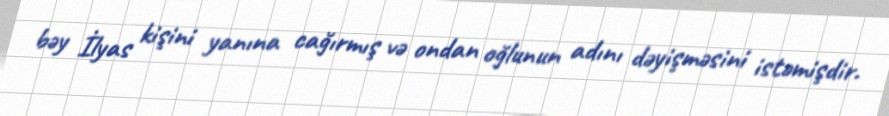
bəy İlyas kişini yanına cağırmış və ondan oğlunun adını dəyişməsini istəmişdir.